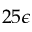
2 5 \epsilon